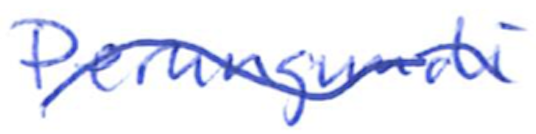
Text: Perungudi
Cross-out: wave
Writing tool: ballpoint